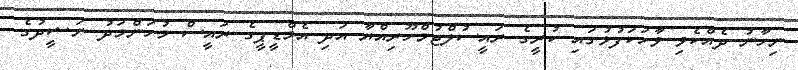
ނިހާނު ދެއްކެވި ވާހަކަފުޅުގައި ކުރީގެ ރައީސުލްޖުމްހޫރިއްޔާ އަދި އެމްޑީޕީގެ ރައީސް މުހަންމަދު ނަޝީދުގެ